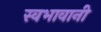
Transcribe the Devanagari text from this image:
स्वभावानी